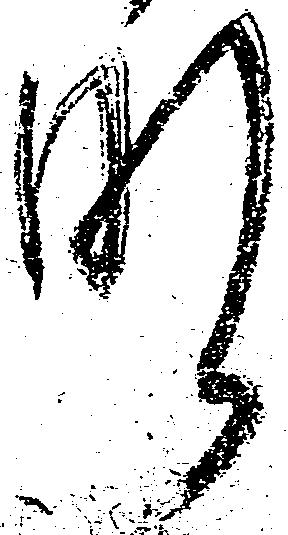
肝